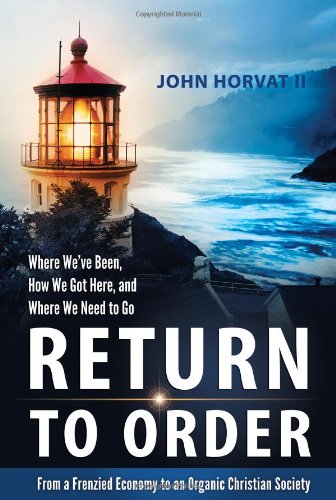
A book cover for Return to Order: From a Frenzied Economy to an Organic Christian Society--Where WeEEve Been, How We Got Here, and Where We Need to Go; John Horvat II; Politics & Social Sciences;